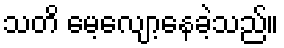
သတိ မေ့လျော့နေခဲ့သည်။